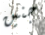
جنين